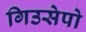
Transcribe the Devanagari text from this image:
गिउसेपो